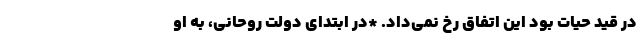
در قید حیات بود این اتفاق رخ نمی‌داد. *در ابتدای دولت روحانی، به او